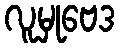
လူမှုဗေဒ